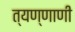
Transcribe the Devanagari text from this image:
त्यण्णाणी